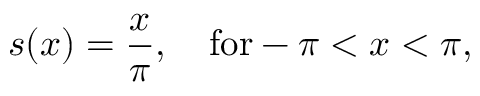
s ( x ) = { \frac { x } { \pi } } , \quad \mathrm { f o r } - \pi < x < \pi ,